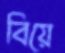
বিয়ে